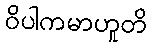
ဝိပါကမာဟူတိ